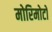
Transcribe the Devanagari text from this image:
मोरिमोटो